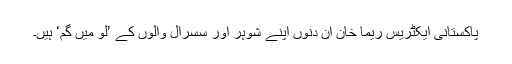
پاکستانی ایکٹریس ریما خان اِن دنوں اپنے شوہر اور سسرال والوں کے ’لو میں گم‘ ہیں۔